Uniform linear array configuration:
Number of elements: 24
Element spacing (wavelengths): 0.25
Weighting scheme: hamming
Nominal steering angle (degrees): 45
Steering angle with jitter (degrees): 46.973
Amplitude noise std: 0.05
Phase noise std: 0.05

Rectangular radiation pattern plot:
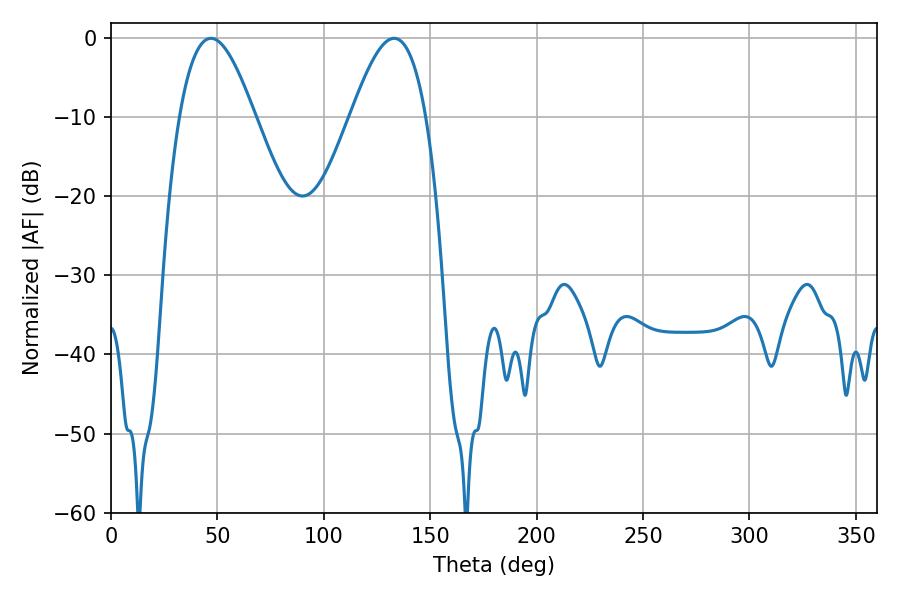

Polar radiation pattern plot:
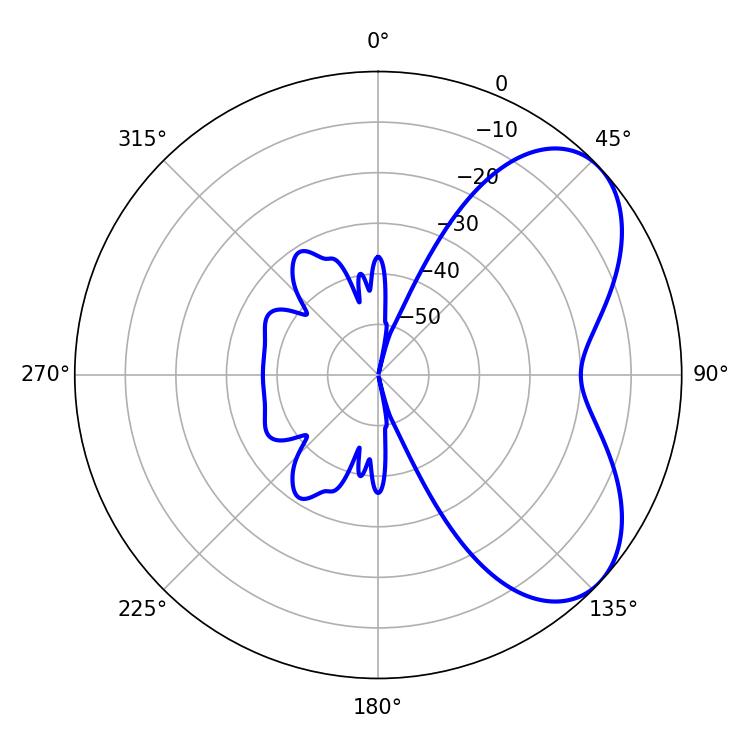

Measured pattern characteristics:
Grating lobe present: FALSE
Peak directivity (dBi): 5.619
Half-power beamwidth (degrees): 19.08
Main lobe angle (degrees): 133.02